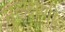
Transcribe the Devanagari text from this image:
मुलक्षणी